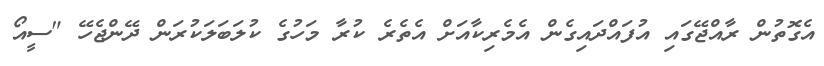
އެގޮތުން ރާއްޖޭގައި އުފައްދައިގެން އެމެރިކާއަށް އެތެރެ ކުރާ މަހުގެ ކުލަބަލަކުރަން ދޭންޖެހޭ "ސީއޯ